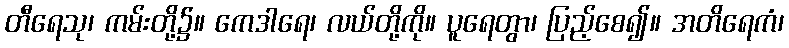
တီရေသု၊ ကမ်းတို့၌။ ကေဒါရေ၊ လယ်တို့ကို။ ပူရေတွာ၊ ပြည့်စေ၍။ အတိရေကံ၊